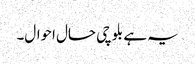
یہ ہے بلوچی حال احوال۔